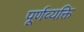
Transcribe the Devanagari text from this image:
पूर्णव्यक्ति